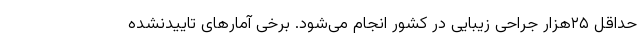
حداقل ۲۵هزار جراحی زیبایی در کشور انجام می‌شود. برخی آمارهای تاییدنشده